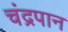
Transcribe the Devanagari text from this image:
चंद्रपान